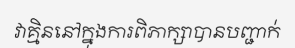
វាគ្មិននៅក្នុងការពិភាក្សាបានបញ្ជាក់